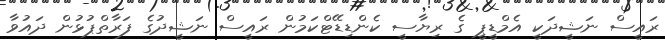
ރައީސް ނަޝީދަކީ އެމްޑީޕީ ގެ ރިޔާސީ ކެންޑިޑޭޓްކަމުން ރައީސް ނަޝީދުގެ ފަރާތްޕުޅުން ދައުވާ